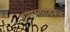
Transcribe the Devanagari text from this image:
हमरस्त्यावरून